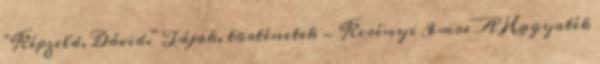
"Képzeld, Dávid." Tájak, történetek - Kerényi Imre A Hagyaték